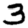
Digit: 3